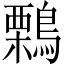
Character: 鷅